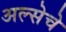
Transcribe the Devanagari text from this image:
अल्सेचे